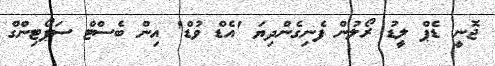
ޖޮނީ ޑެޕް ލީޑު ރޯލުން ފެނިގެންދިޔަ 'އެޑް ވުޑް' އިންް ބެސްޓް ސަޕޯޓިންގް